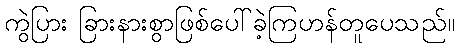
ကွဲပြား ခြားနားစွာဖြစ်ပေါ်ခဲ့ကြဟန်တူပေသည်။